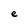
Character: e